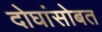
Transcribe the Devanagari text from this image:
दोघांसोबत